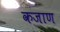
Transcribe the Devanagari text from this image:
कजाण